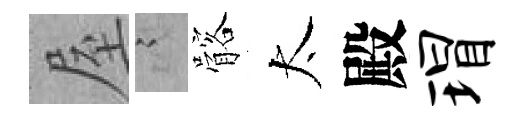
屋謭髂太殿瑁